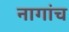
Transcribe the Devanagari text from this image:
नागांच